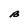
Character: B